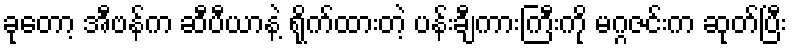
ခုတော့ အီဗန်က ဆီပီယာနဲ့ ရိုက်ထားတဲ့ ပန်းချီကားကြီးကို မဂ္ဂဇင်းက ဆုတ်ပြီး